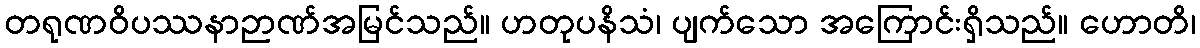
တရုဏဝိပဿနာဉာဏ်အမြင်သည်။ ဟတုပနိသံ၊ ပျက်သော အကြောင်းရှိသည်။ ဟောတိ၊